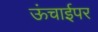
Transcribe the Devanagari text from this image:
ऊंचाईपर